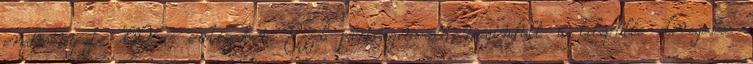
eredményezte ’60-as évtizedben. Ezzel párhuzamosan megindult a település elöregedése